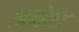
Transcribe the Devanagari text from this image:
अचेरा